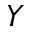
Y